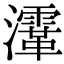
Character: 𤃸